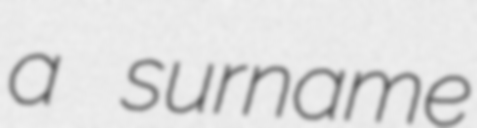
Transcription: a surname